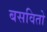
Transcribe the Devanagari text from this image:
बसवितो